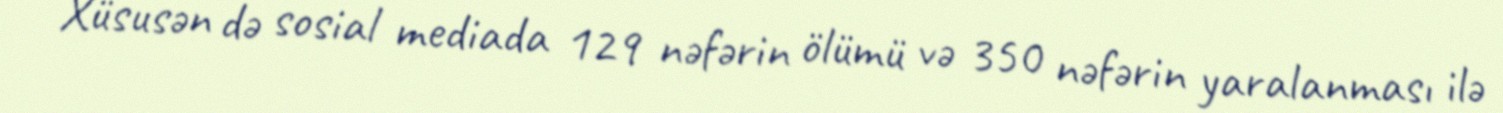
Xüsusən də sosial mediada 129 nəfərin ölümü və 350 nəfərin yaralanması ilə